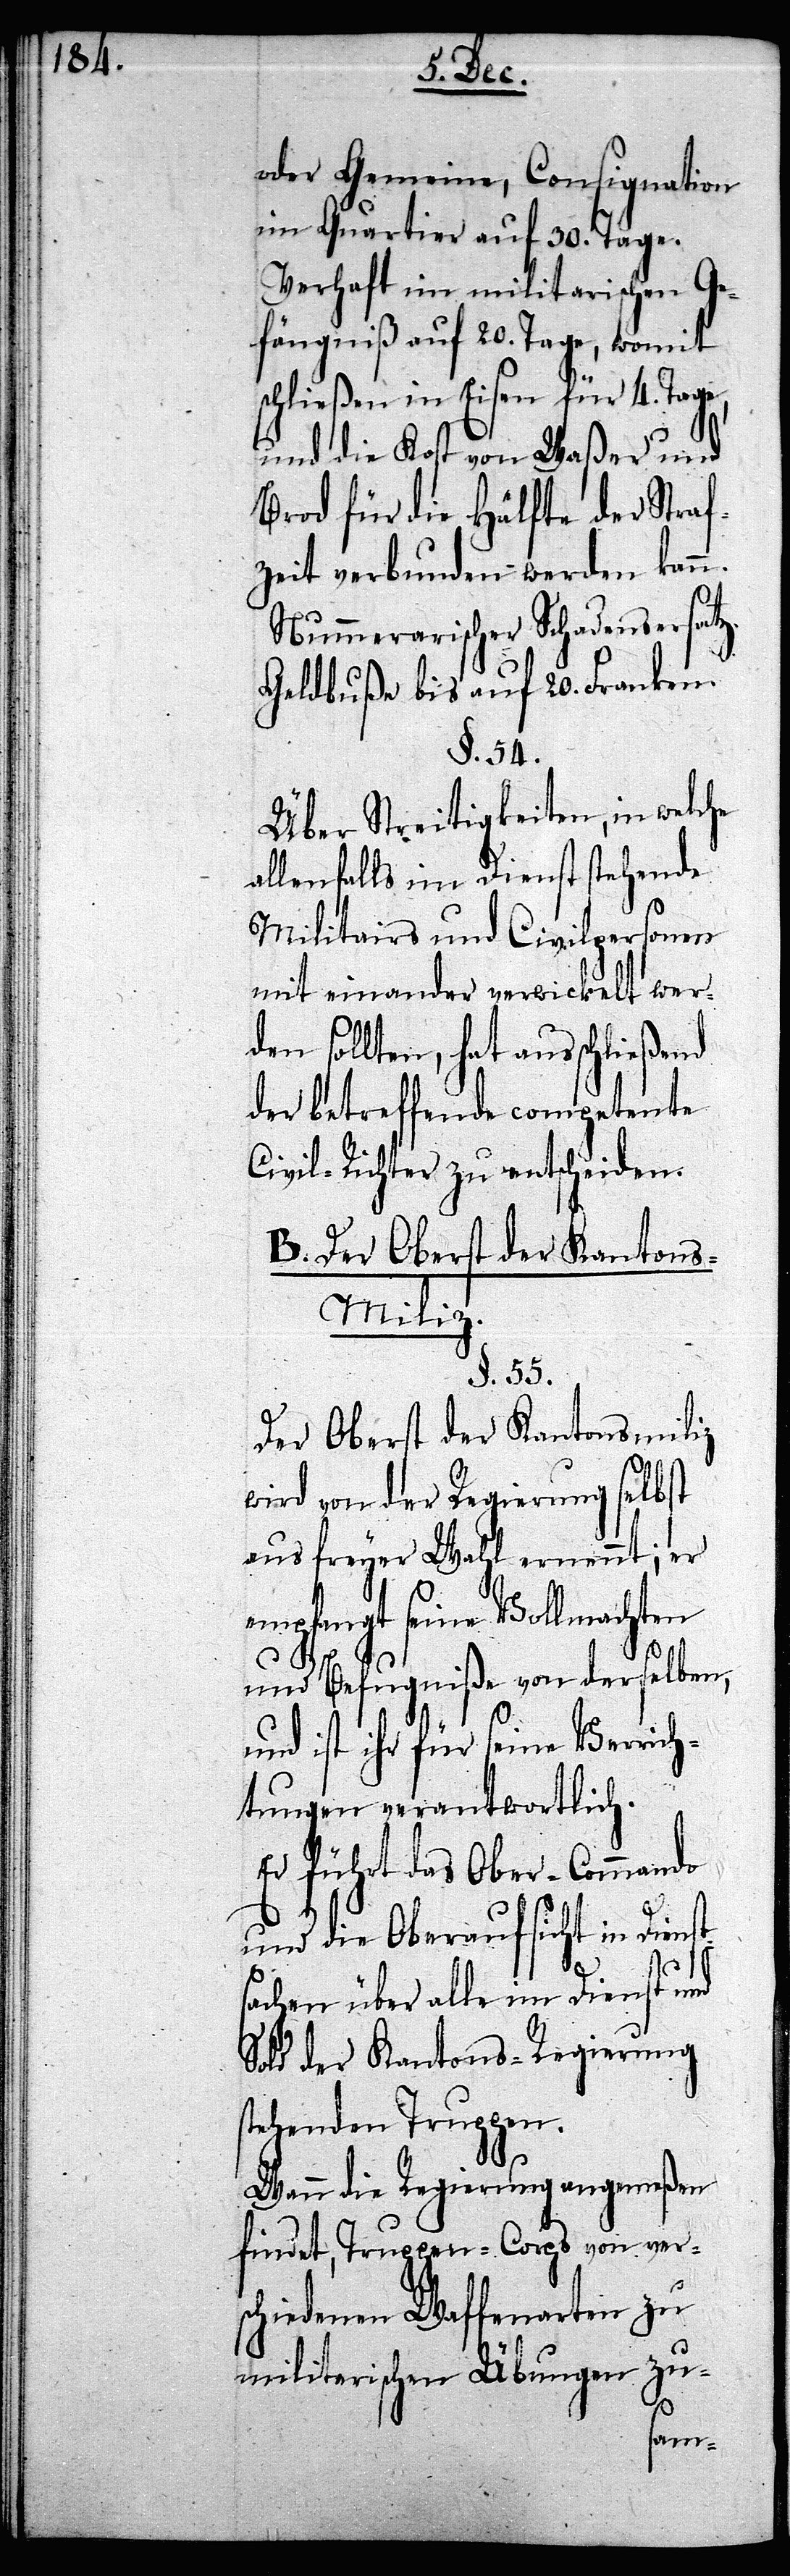
oder Gemeine, Consignation
im Quartier auf 30. Tage.
Verhaft im militarischen Ge¬
fängniß auf 20. Tage, womit
schließen in Eisen für 4. Tage,
und die Kost von Waßer und
Brod für die Hälfte der Straf¬
zeit verbunden werden kann.
Nummerarischer Schadensersatz.
Geldbuße bis auf 20. Franken.
§. 54.
Über Streitigkeiten, in welche
allenfalls im Dienst stehende
Militairs und Civilpersonen
mit einander verwickelt wer¬
den sollten, hat ausschließend
der betreffende competente
Civil-Richter zu entscheiden.
B. Der Oberst der Kanton¬
s-Miliz.
§. 55.
Der Oberst der Kantonsmiliz
wird von der Regierung selbst
aus freyer Wahl ernennt; er
empfangt seine Vollmachten
und Befugniße von derselben,
ts¬
und ist ihr für seine Verrich¬
tungen verantwortlich.
Er führt das Ober-Commando
und die Oberaufsicht in Diens¬
achen über alle im Dienst und
Sold der Kantons-Regierung
stehenden Truppen.
Wann die Regierung angemeßen
findet, Truppen-Corps von ver¬
schiedenen Waffenarten zu
militarischen Übungen zu-